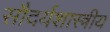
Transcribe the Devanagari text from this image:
सौदर्यशास्त्रीय